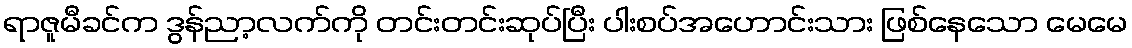
ရာဇူမီခင်က ဒွန်ညာ့လက်ကို တင်းတင်းဆုပ်ပြီး ပါးစပ်အဟောင်းသား ဖြစ်နေသော မေမေ